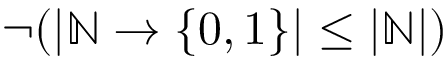
\neg ( | { \mathbb { N } } \to \{ 0 , 1 \} | \leq | { \mathbb { N } } | )